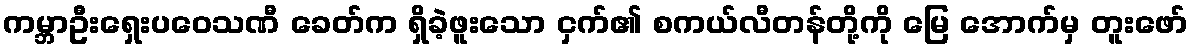
ကမ္ဘာဦးရှေးပဝေသဏီ ခေတ်က ရှိခဲ့ဖူးသော ငှက်၏ စကယ်လီတန်တို့ကို မြေ အောက်မှ တူးဖော်